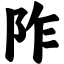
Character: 阼